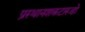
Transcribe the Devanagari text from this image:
प्रस्थानशकटारूढो